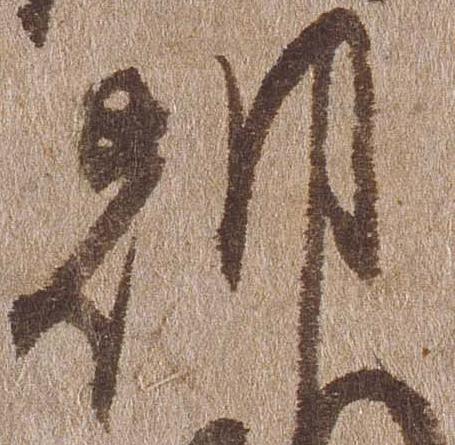
朝